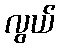
လွယ်